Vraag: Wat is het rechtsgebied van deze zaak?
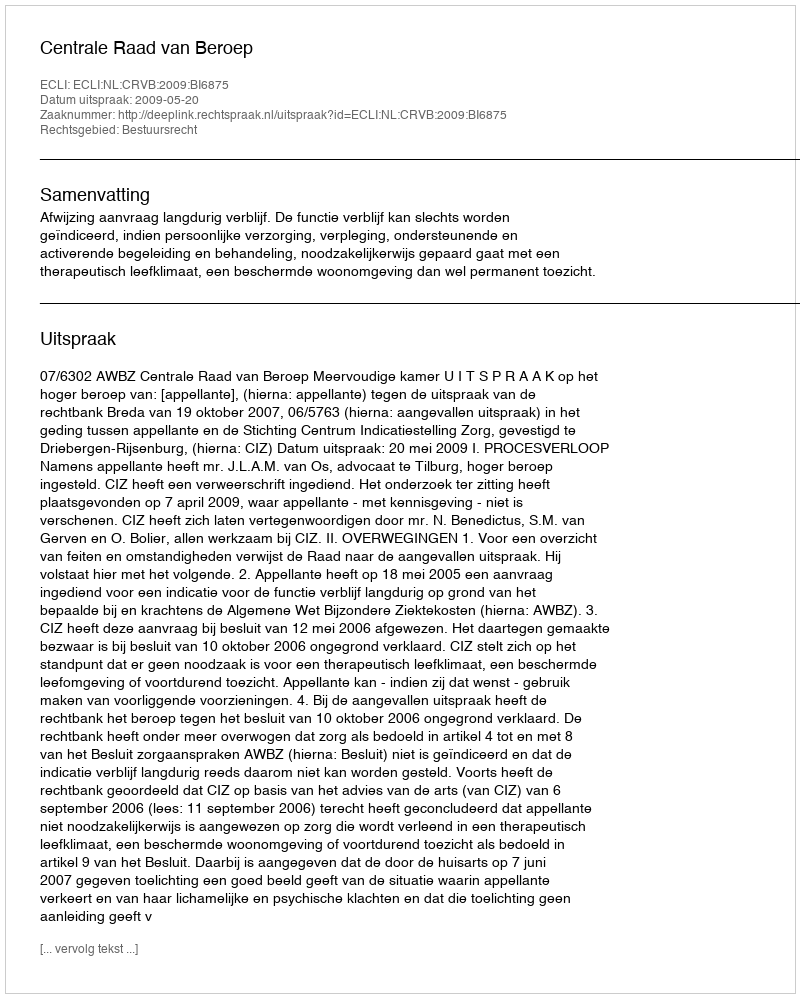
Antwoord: Bestuursrecht